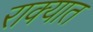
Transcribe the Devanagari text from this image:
राक्यात